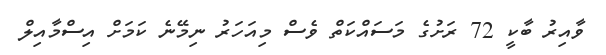
ވާއިރު ބާކީ 72 ރަށުގެ މަސައްކަތް ވެސް މިއަހަރު ނިމޭނެ ކަމަށް އިސްމާއިލް